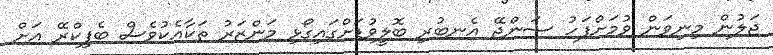
ޖަލުން މިނިވަން ވުމަށްފަހު ސަންޖޭ އެނބުރި ބޮލީވުޑަށްގައިގޯޅި މަންޒަރު ތަކާއެކުވެސް ބެފިކްރޭ އަށް